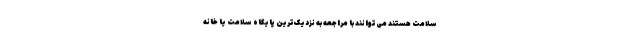
سلامت هستند می‌توانند با مراجعه به نزدیک‌ترین پایگاه سلامت یا خانه